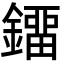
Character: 鐂